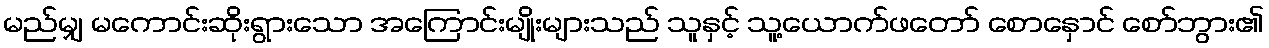
မည်မျှ မကောင်းဆိုးရွားသော အကြောင်းမျိုးများသည် သူနှင့် သူ့ယောက်ဖတော် စောနှောင် စော်ဘွား၏